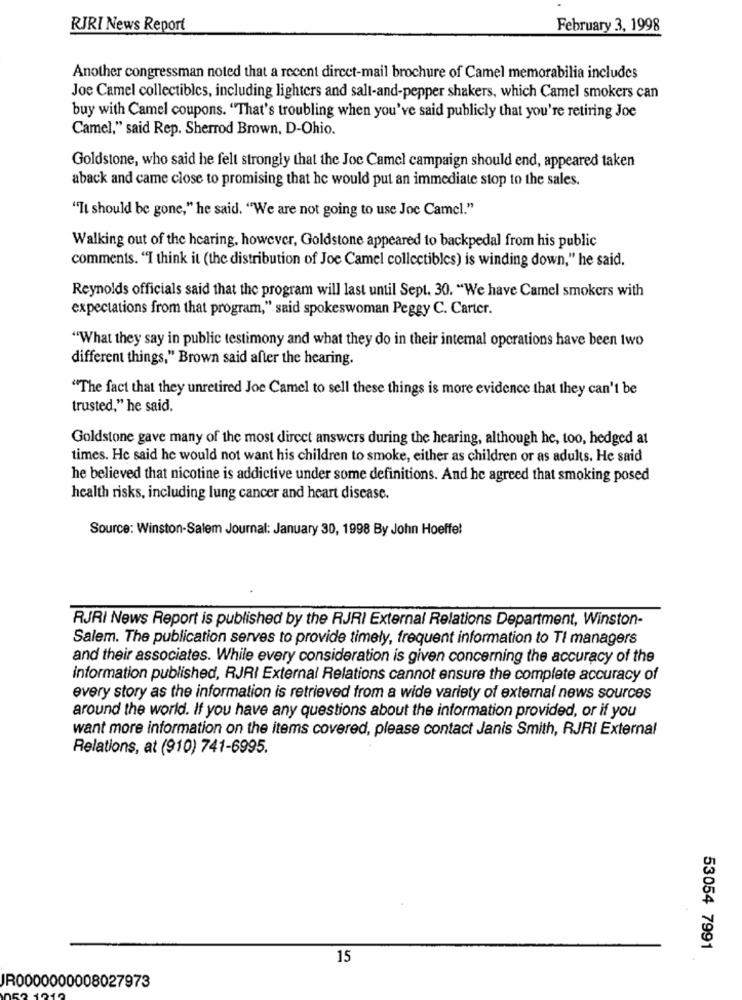
RJRI News Report
February 3, 1998
Another congressman noted that a recent dircet-mail brochure of Camel memorabilia includes
Joe Camel collectibles, including lighters and salt-and-pepper shakers, which Camel smokers can
buy with Camel coupons. "That's troubling when you've said publicly that you're retiring Joe
Camel," said Rep. Sherrod Brown, D-Ohio.
Goldstone, who said he felt strongly that the Joc Camel campaign should end, appeared taken
aback and came close to promising that he would put an immediate stop to the sales.
"It should be gone," he said. "We are not going to use Joc Camel."
Walking out of the hearing, however, Goldstone appeared to backpedal from his public
comments. "I think it (the distribution of Joe Camel collectibles) is winding down," he said.
Reynolds officials said that the program will last until Sept. 30. "We have Camel smokers with
expectations from that program," said spokeswoman Peggy C. Carter.
"What they say in public testimony and what they do in their internal operations have been two
different things," Brown said after the hearing.
"The fact that they unretired Joe Camel to sell these things is more evidence that they can't be
trusted," he said.
Goldstone gave many of the most direct answers during the hearing, although he, too, hedged at
times. He said he would not want his children to smoke, either as children or as adults. He said
he believed that nicotine is addictive under some definitions. And he agreed that smoking posed
health risks, including lung cancer and heart disease.
Source: Winston-Salem Journal: January 30, 1998 By John Hoeffel
RJRI News Report is published by the RJRI External Relations Department, Winston-
Salem. The publication serves to provide timely, frequent information to Ti managers
and their associates. While every consideration is given concerning the accuracy of the
information published, RJRI External Relations cannot ensure the complete accuracy of
every story as the information is retrieved from a wide variety of external news sources
around the world. If you have any questions about the information provided, or if you
want more information on the items covered, please contact Janis Smith, RJRI External
Relations, at (910) 741-6995.
53054 7991
15
IR0000000008027973